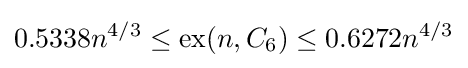
0.5338n^{4/3}\leq \operatorname {ex} (n,C_{6})\leq 0.6272n^{4/3}